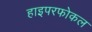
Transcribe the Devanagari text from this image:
हाइपरफोकल